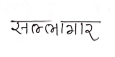
मजकूर: सल्लागार